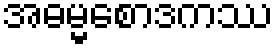
အဓမ္မစောဒကဿ